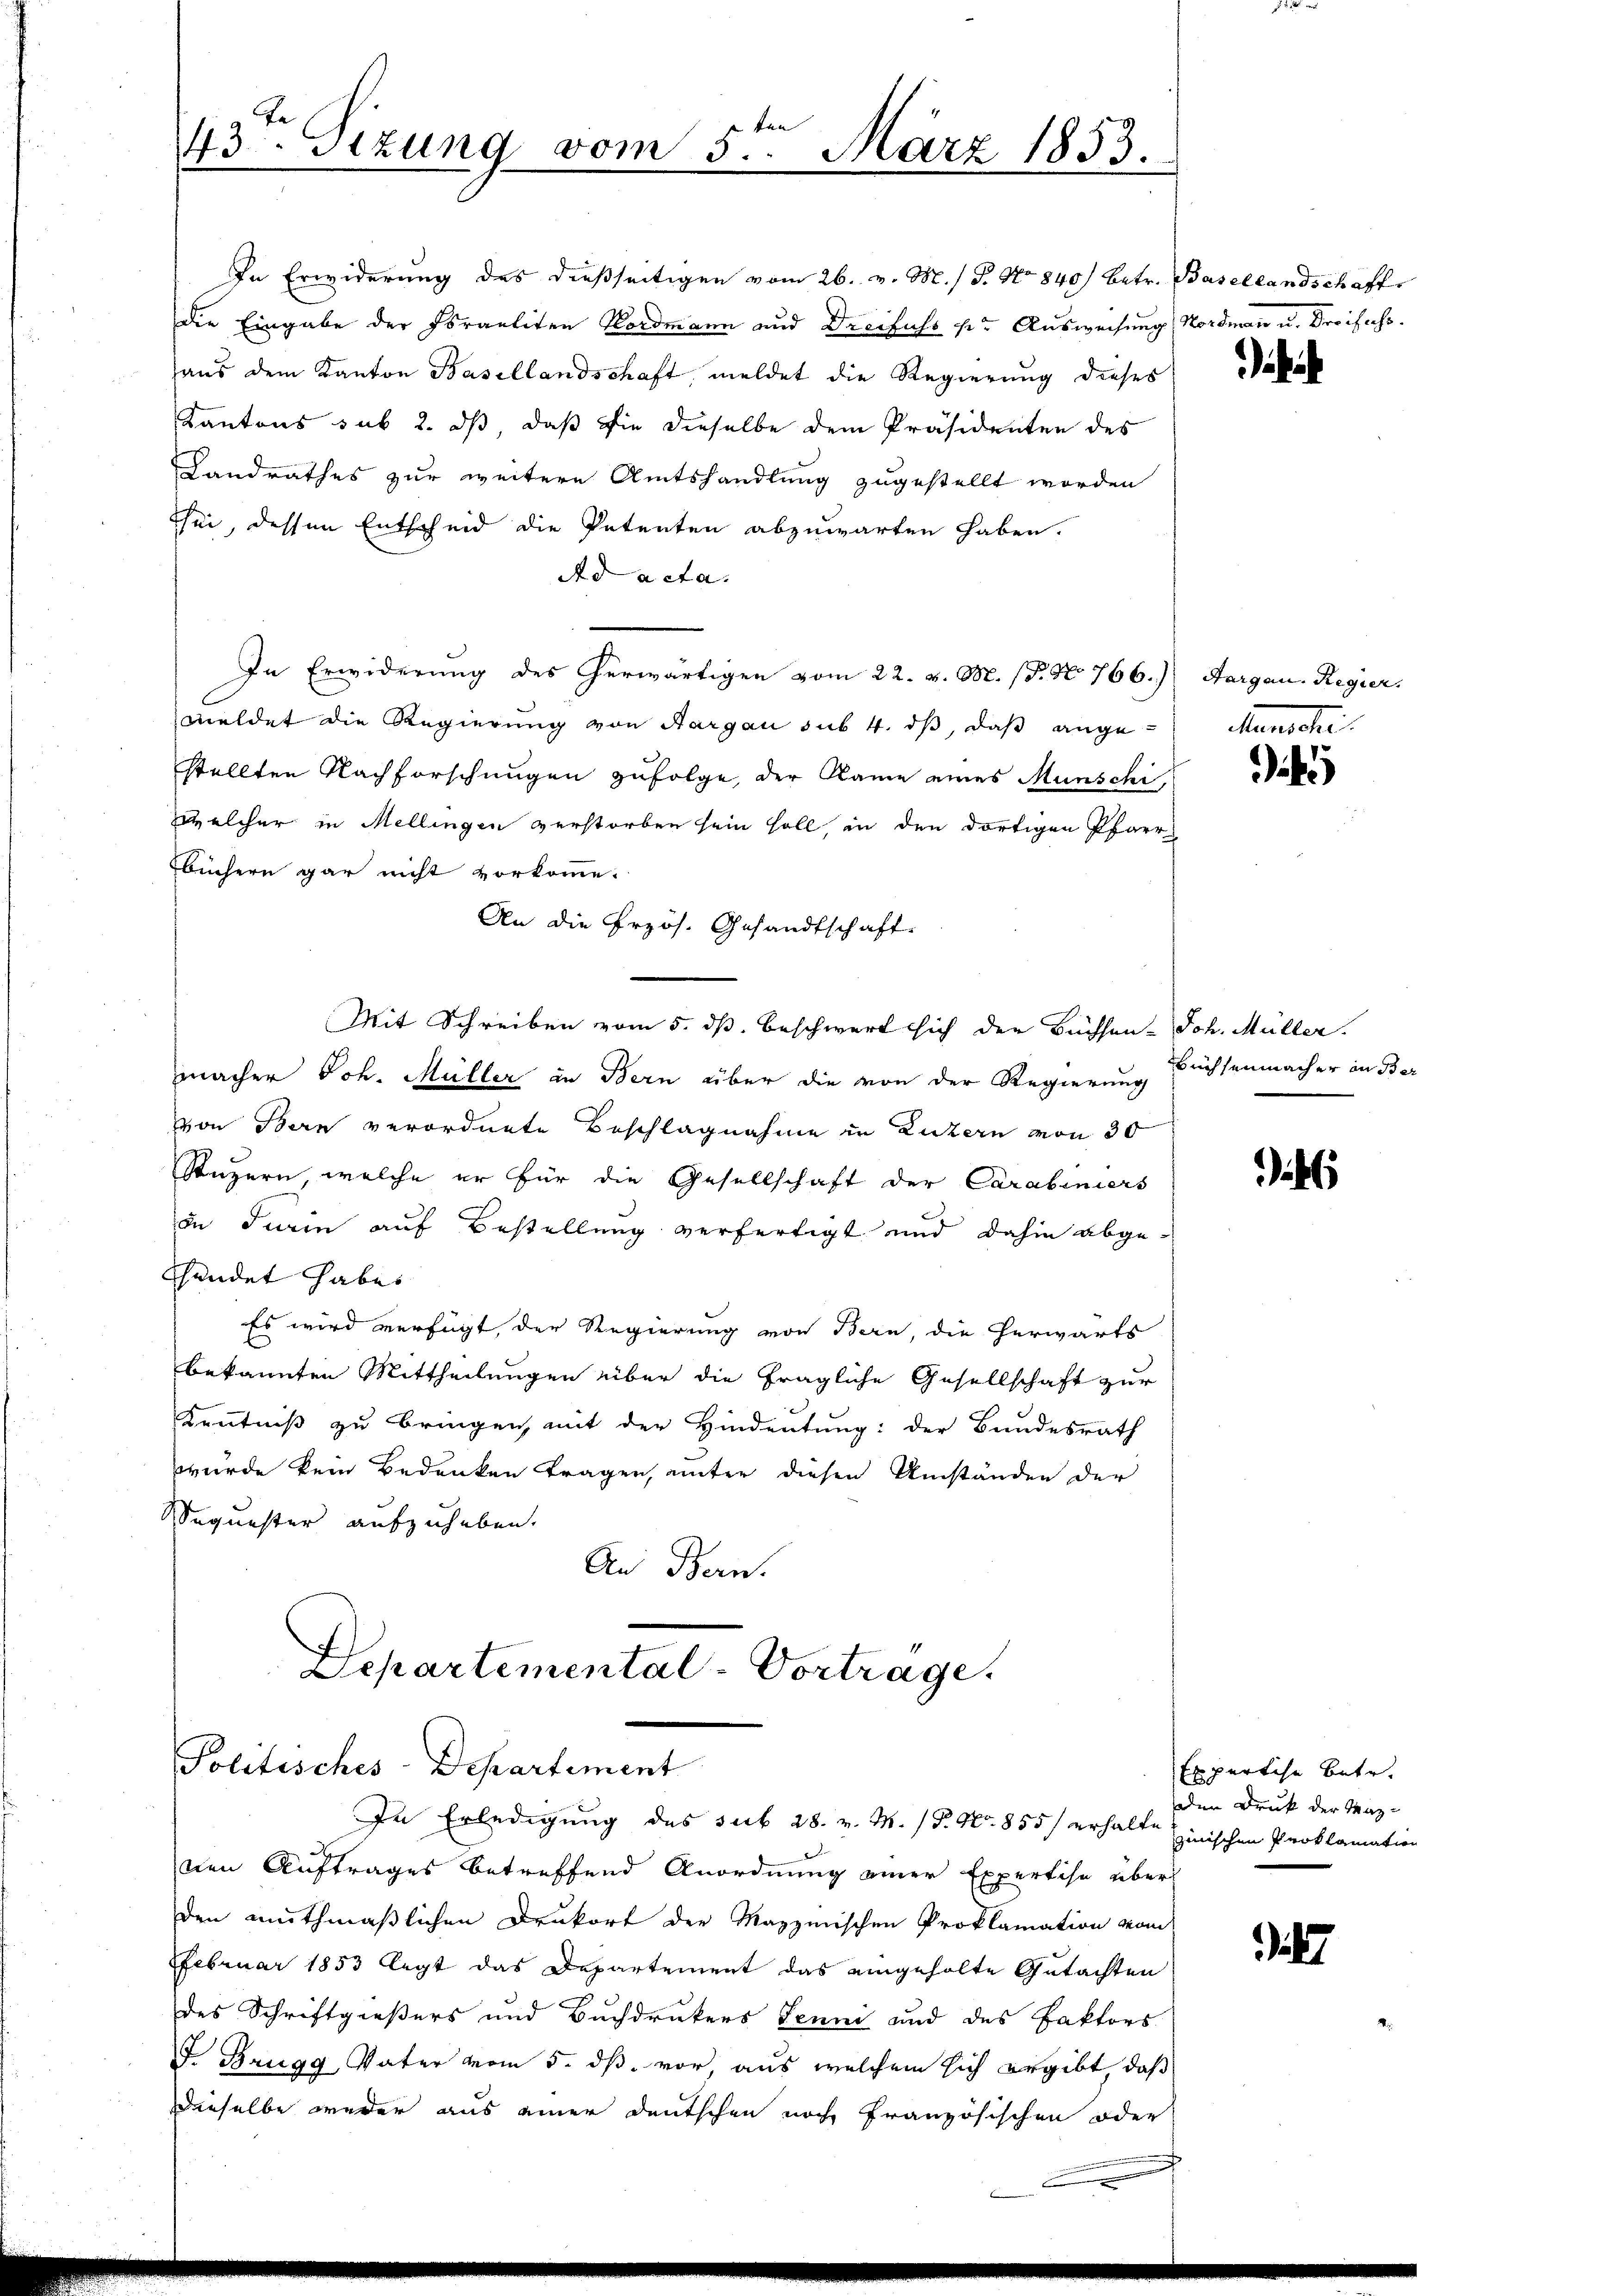
In Erwiderung des dießseitigen vom 26. v. M. / P. No 840 betr. Basellandschaft
die Eingabe der Israeliten Nordmann und Dreifuss pr Ausweisung Nordmann u. Droifuss.
aus dem Kanton Basellandschaft, meldet die Regierung dieses
Kantons sub 2. dß daß die dieselbe dem Präsidenten des
Landrathes zur weitere Amtshandlung zugestellt worden
sei, dessen Entscheid die Petenten abzuwarten haben.
Ad acta.
In Erwiderung des herwärtigen vom 22. v. M. (T. No 766.) Aargau. Regier,
meldet die Regierung von Aargau sub 4. ds, daß angestellten Nachforschungen zufolge, der Name eines Münschi,
welcher in Mellingen verstorben sein soll, in den dortigen Pfarr
Büchern gar nicht vorkomme.
An die Przös. Gesandtschaft
Mit Schreiben vom 5. ds. beschwert sich der Büchsen. Joh. Müller.
macher Joh. Müller in Bern über die von der Regierung
von Bern verordnete Beschlagnahme in Luzern von 30
Stuzern, welche er für die Gesellschaft der Carabiniers
in Turin auf Bestellung verfertigt und dahin abgeshandet habes
Es wird verfügt, der Regierung von Bern, die herwärts
bekannten Mittheilungen über die fragliche Gesellschaft zur
Kenntniß zu bringen, mit der Hindeutung: der Bundesrath
wurde kein Bedenken tragen, unter diesen Umständen der
Sequester aufzuheben.
An Bern.

43 Sizung vom 5ten März 1853.
e

Departemental-Vortrage.
Politisches-Departement
In Erledigung des sub 28. v. M. P. Nr. 855/ erhalte zwischen Proklamation

Inen Auftrages betreffend Anordnung einer Expertise über
den muthmaßlichen Drukort der Mayzmischen Proklamation vom
Februar 1853 legt das Departement das eingeholte Gutachten
des Schriftgießers und Buchdrukers Jenni und des Faktors
J. Brugg, Vater vom 5. ds. vor, aus welchem sich ergibt, daß
dieselbe weder aus einer deutschen noch französischen oder

i

tenmache.

)

üchsenmacher in Ber

e

Esperliche Betr.
den Druk der Maz¬

i